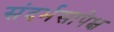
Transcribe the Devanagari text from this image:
संदर्भसापेक्ष